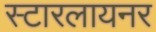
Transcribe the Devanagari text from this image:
स्टारलायनर